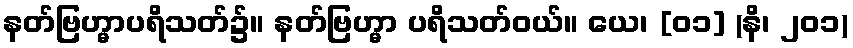
နတ်ဗြဟ္မာပရိသတ်၌။ နတ်ဗြဟ္မာ ပရိသတ်ဝယ်။ ယေ၊ [၀၁] (နိ၊ ၂၀၁)